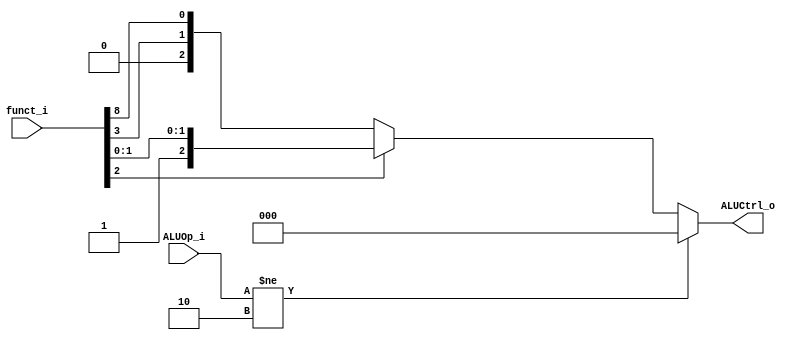
module ALU_Control
(
    funct_i,
    ALUOp_i,
    ALUCtrl_o
);

// Ports
input   [9:0]      funct_i;
input   [1:0]      ALUOp_i;
output  [2:0]      ALUCtrl_o; 


// Read Data
wire    [2:0]      ALUCtrl;
assign  ALUCtrl[2] = funct_i[2];
assign  ALUCtrl[1] = funct_i[3];
assign  ALUCtrl[0] = funct_i[8];

assign  ALUCtrl_o = (ALUOp_i!=2'b10)? 0:
                    (funct_i[2]==1)? funct_i[2:0]:ALUCtrl;
   
endmodule